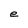
Character: e